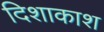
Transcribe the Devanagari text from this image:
दिशाकाश